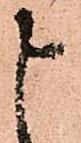
申